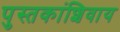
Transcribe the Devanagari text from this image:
पुस्तकांशिवाय